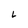
Character: L